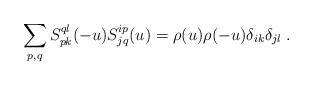
LaTeX: \begin{align*} \sum_{p, q} S^{ql}_{pk}(-u)S^{ip}_{jq}(u)=\rho(u)\rho(-u)\delta_{ik}\delta_{jl} \;.\end{align*}